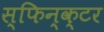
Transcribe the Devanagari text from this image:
स्फिन्क्टर